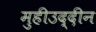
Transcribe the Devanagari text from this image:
मुहीउद्दीन